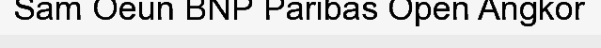
Sam Oeun BNP Paribas Open Angkor